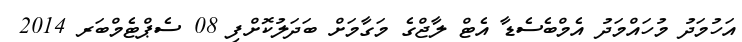
އަހުމަދު މުހައްމަދު އެމްބެސެޑާ އެޓް ލާޖްގެ މަގާމަށް ބަދަލުކޮށްފި 08 ސެޕްޓެމްބަރ 2014